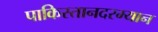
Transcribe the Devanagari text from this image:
पाकिस्तानदरम्यान